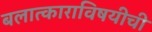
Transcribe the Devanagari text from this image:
बलात्काराविषयीची